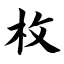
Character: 枚